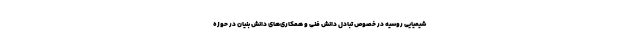
شیمیایی روسیه در خصوص تبادل دانش فنی و همکاری‌های دانش بنیان در حوزه